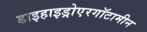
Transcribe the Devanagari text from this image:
डाइहाइड्रोएरगॉटामीन